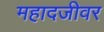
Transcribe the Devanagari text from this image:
महादजीवर